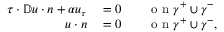
\begin{array} { r l r l } { \tau \cdot \mathbb { D } u \cdot n + \alpha u _ { \tau } } & { { } = 0 } & { } & { { } \textnormal { o n } \gamma ^ { + } \cup \gamma ^ { - } } \\ { u \cdot n } & { { } = 0 } & { } & { { } \textnormal { o n } \gamma ^ { + } \cup \gamma ^ { - } , } \end{array}